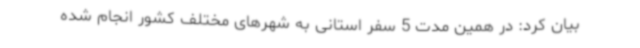
بیان کرد: در همین مدت 5 سفر استانی به شهرهای مختلف کشور انجام شده